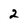
Character: 2